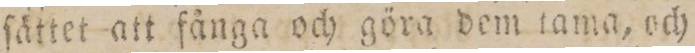
ſättet att fånga och göra dem tama, och